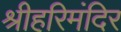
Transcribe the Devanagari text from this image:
श्रीहरिमंदिर